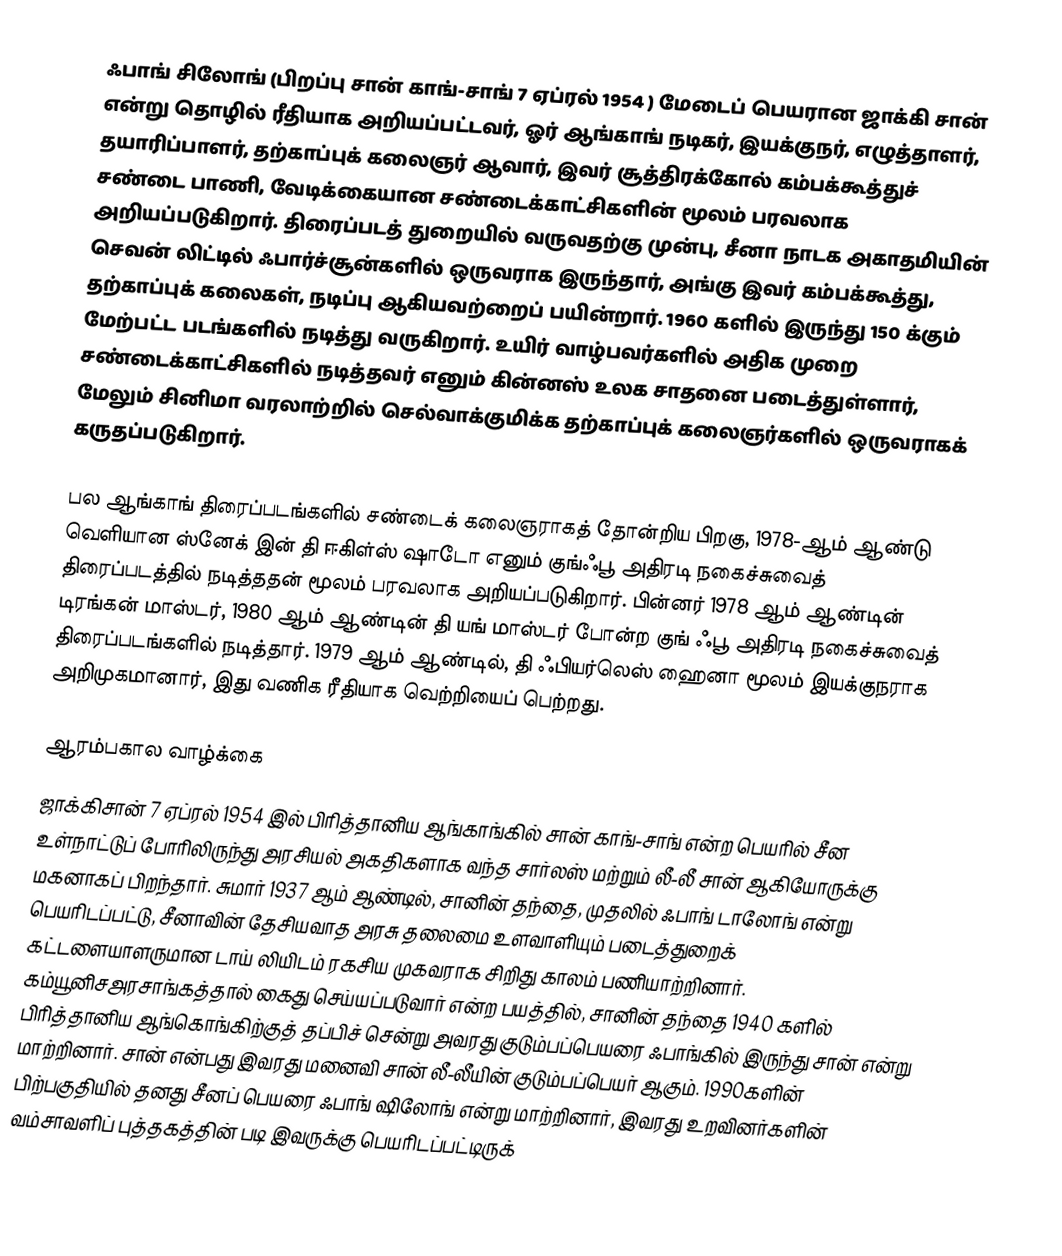
ஃபாங் சிலோங்  (பிறப்பு சான் காங்-சாங்  7 ஏப்ரல் 1954 ) மேடைப் பெயரான ஜாக்கி சான் என்று தொழில் ரீதியாக அறியப்பட்டவர்,  ஓர் ஆங்காங் நடிகர், இயக்குநர், எழுத்தாளர், தயாரிப்பாளர், தற்காப்புக் கலைஞர் ஆவார், இவர் சூத்திரக்கோல்  கம்பக்கூத்துச் சண்டை பாணி, வேடிக்கையான சண்டைக்காட்சிகளின் மூலம் பரவலாக அறியப்படுகிறார். திரைப்படத் துறையில் வருவதற்கு முன்பு, சீனா நாடக அகாதமியின் செவன் லிட்டில் ஃபார்ச்சூன்களில் ஒருவராக இருந்தார், அங்கு இவர் கம்பக்கூத்து, தற்காப்புக் கலைகள்,  நடிப்பு ஆகியவற்றைப் பயின்றார். 1960 களில் இருந்து 150 க்கும் மேற்பட்ட படங்களில் நடித்து வருகிறார். உயிர் வாழ்பவர்களில் அதிக முறை சண்டைக்காட்சிகளில் நடித்தவர் எனும் கின்னஸ் உலக சாதனை படைத்துள்ளார், மேலும் சினிமா வரலாற்றில் செல்வாக்குமிக்க தற்காப்புக் கலைஞர்களில் ஒருவராகக் கருதப்படுகிறார்.

பல ஆங்காங் திரைப்படங்களில் சண்டைக் கலைஞராகத் தோன்றிய பிறகு, 1978-ஆம் ஆண்டு வெளியான ஸ்னேக் இன் தி ஈகிள்ஸ் ஷாடோ  எனும் குங்ஃபூ அதிரடி நகைச்சுவைத் திரைப்படத்தில் நடித்ததன் மூலம் பரவலாக அறியப்படுகிறார். பின்னர் 1978 ஆம் ஆண்டின் டிரங்கன் மாஸ்டர், 1980 ஆம் ஆண்டின் தி யங் மாஸ்டர் போன்ற குங் ஃபூ அதிரடி நகைச்சுவைத் திரைப்படங்களில் நடித்தார். 1979 ஆம் ஆண்டில், தி ஃபியர்லெஸ் ஹைனா மூலம் இயக்குநராக அறிமுகமானார், இது வணிக ரீதியாக வெற்றியைப் பெற்றது.

ஆரம்பகால வாழ்க்கை
ஜாக்கிசான் 7 ஏப்ரல் 1954 இல் பிரித்தானிய ஆங்காங்கில் சான் காங்-சாங் என்ற பெயரில் சீன உள்நாட்டுப் போரிலிருந்து அரசியல் அகதிகளாக வந்த சார்லஸ் மற்றும் லீ-லீ சான் ஆகியோருக்கு மகனாகப் பிறந்தார். சுமார் 1937 ஆம் ஆண்டில், சானின் தந்தை, முதலில் ஃபாங் டாலோங் என்று பெயரிடப்பட்டு, சீனாவின் தேசியவாத அரசு தலைமை உளவாளியும் படைத்துறைக் கட்டளையாளருமான டாய் லியிடம் ரகசிய முகவராக சிறிது காலம் பணியாற்றினார். கம்யூனிசஅரசாங்கத்தால் கைது செய்யப்படுவார் என்ற பயத்தில், சானின் தந்தை 1940 களில் பிரித்தானிய ஆங்கொங்கிற்குத் தப்பிச் சென்று அவரது குடும்பப்பெயரை ஃபாங்கில் இருந்து சான் என்று மாற்றினார். சான் என்பது இவரது மனைவி சான் லீ-லீயின் குடும்பப்பெயர் ஆகும். 1990களின் பிற்பகுதியில் தனது சீனப் பெயரை ஃபாங் ஷிலோங் என்று மாற்றினார், இவரது உறவினர்களின் வம்சாவளிப் புத்தகத்தின் படி இவருக்கு பெயரிடப்பட்டிருக்